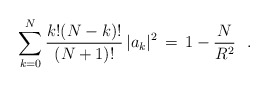
\begin{align*}\sum_{k=0} ^{N} \frac{k!(N-k)!}{(N+1)!}\, |a_k|^2\, =\, 1-\frac{N}{R^2} \ \ .\end{align*}